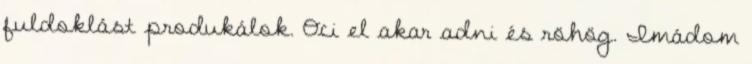
fuldoklást produkálok. Oci el akar adni és röhög. Imádom